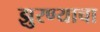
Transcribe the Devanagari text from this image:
झुरण्याचा